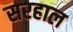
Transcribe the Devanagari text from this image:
सरहाल